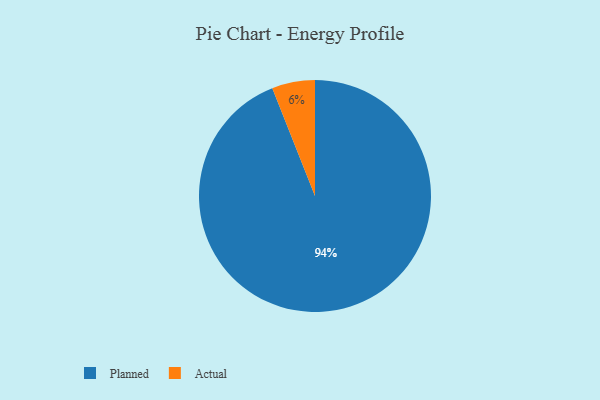
{"axis": {"x": "Category", "y": "Percentage"}, "legend": ["Actual", "Planned"], "data": [{"x": "Planned", "y": 94, "type": "Planned"}, {"x": "Actual", "y": 6, "type": "Actual"}]}